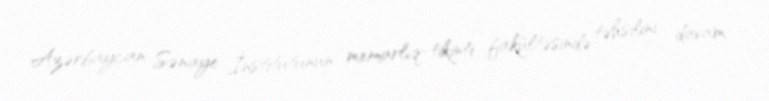
Azərbaycan Sənaye İnstitutunun memarlıq-tikinti fakültəsində təhsilini davam